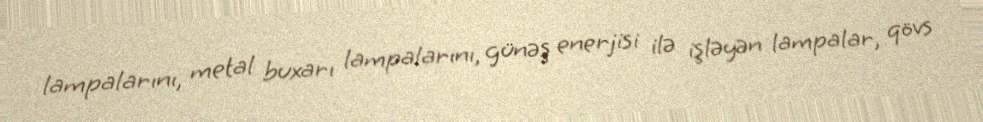
lampalarını, metal buxarı lampalarını, günəş enerjisi ilə işləyən lampalar, qövs